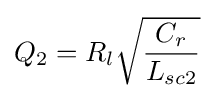
Q_{2}=R_{l}{\sqrt {\frac {C_{r}}{L_{sc2}}}}